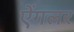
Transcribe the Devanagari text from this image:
ऐंगलर